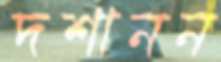
দশানন